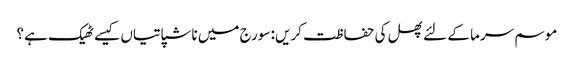
موسم سرما کے لئے پھل کی حفاظت کریں: سورج میں ناشپاتیاں کیسے ٹھیک ہے؟